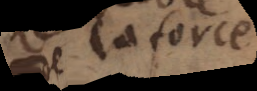
de la force